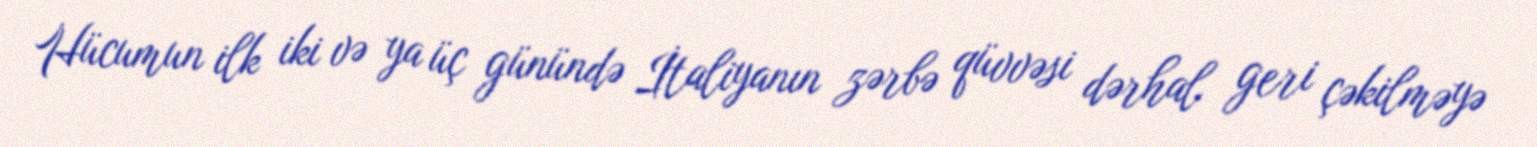
Hücumun ilk iki və ya üç günündə İtaliyanın zərbə qüvvəsi dərhal geri çəkilməyə